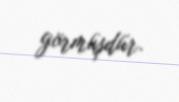
görmüşdür.